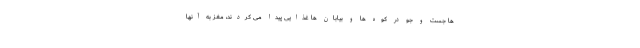
ها جست و جو در کوه ها و بیابان ها غذایی پیدا می کردند، مغز به آنها